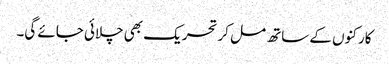
کارکنوں کے ساتھ مل کر تحریک بھی چلائی جائے گی۔